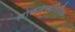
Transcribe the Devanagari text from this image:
लोकलव्यतिरिक्त